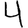
Digit: 4